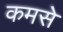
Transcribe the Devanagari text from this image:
कमसे